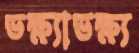
ভক্ষ্যাভক্ষ্য